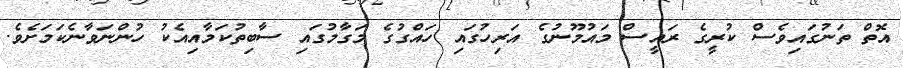
އޮތް ތަނުގައިވެސް ކުރީގެ ރައީސް މައުމޫނުގެ އަރިހުގައި ހައްގުގެ މަގާމުގައި ސާބިތުކަމާއިއެކު ހުންނަވާނެކަމަށެވެ.